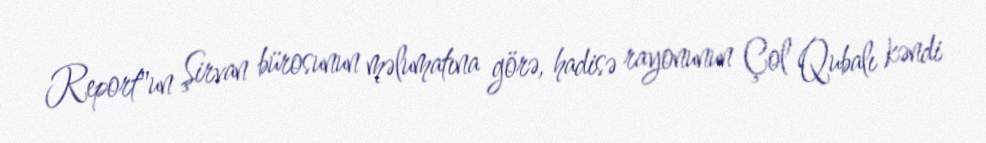
Report"un Şirvan bürosunun məlumatına görə, hadisə rayonunun Çol Qubalı kəndi